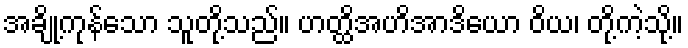
အချို့ကုန်သော သူတို့သည်။ ဟတ္ထိအဟိအာဒိယော ဝိယ၊ တို့ကဲ့သို့။